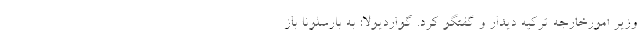
وزیر امورخارجه ترکیه دیدار و گفتگو کرد. گواردیولا: به بارسلونا باز